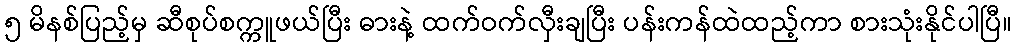
၅ မိနစ်ပြည့်မှ ဆီစုပ်စက္ကူဖယ်ပြီး ဓားနဲ့ ထက်ဝက်လှီးချပြီး ပန်းကန်ထဲထည့်ကာ စားသုံးနိုင်ပါပြီ။